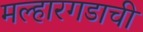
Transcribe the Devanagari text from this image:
मल्हारगडाची